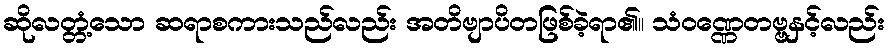
ဆိုလတ္တံ့သော ဆရာစကားသည်လည်း အတိဗျာပိတဖြစ်ခဲ့ရာ၏။ သံဝဏ္ဏေတဗ္ဗနှင့်လည်း